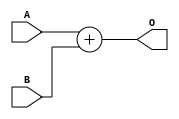
`timescale 1ns / 1ps

module ADD_ #(parameter N = 8, M = N)( // N >= M
	input [N-1:0] A,
	input [M-1:0] B,
	output [N:0] O
    );
	
	assign O = A + B;
	
	
endmodule